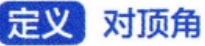
定义 对顶角